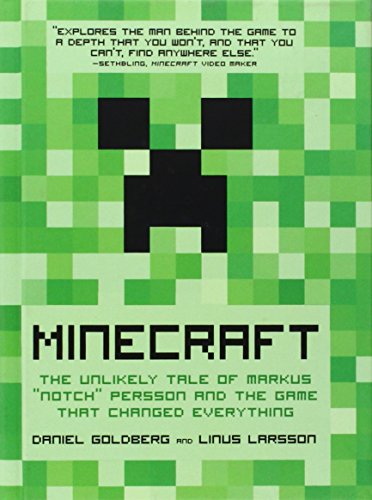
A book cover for Minecraft: The Unlikely Tale of Markus "Notch" Persson and the Game that Changed Everything; Daniel Goldberg; Computers & Technology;